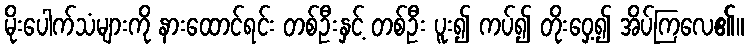
မိုးပေါက်သံများကို နားထောင်ရင်း တစ်ဦးနှင့် တစ်ဦး ပူး၍ ကပ်၍ တိုးဝှေ့၍ အိပ်ကြလေ၏။